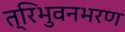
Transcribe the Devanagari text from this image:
त्रिभुवनभरण